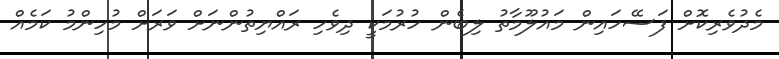
މެދުވެރިކޮށް ފަސޭހައިން މައުލޫމާތު ލިބެން ހުރުމަކީ ދިވެހި ރައްޔިތުންނަށް ވަރަށް މުހިންމު ކަމެއް